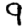
Digit: 9